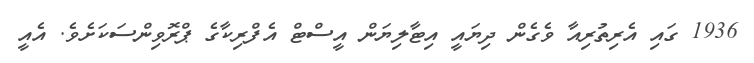
1936 ގައި އެރިތުރިއާ ވެގެން ދިޔައީ އިޓާލިޔަން އީސްޓް އެފްރިކާގެ ޕްރޮވިންސަކަށެވެ. އެއީ